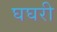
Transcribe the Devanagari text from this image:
घघरी